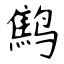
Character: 鹪